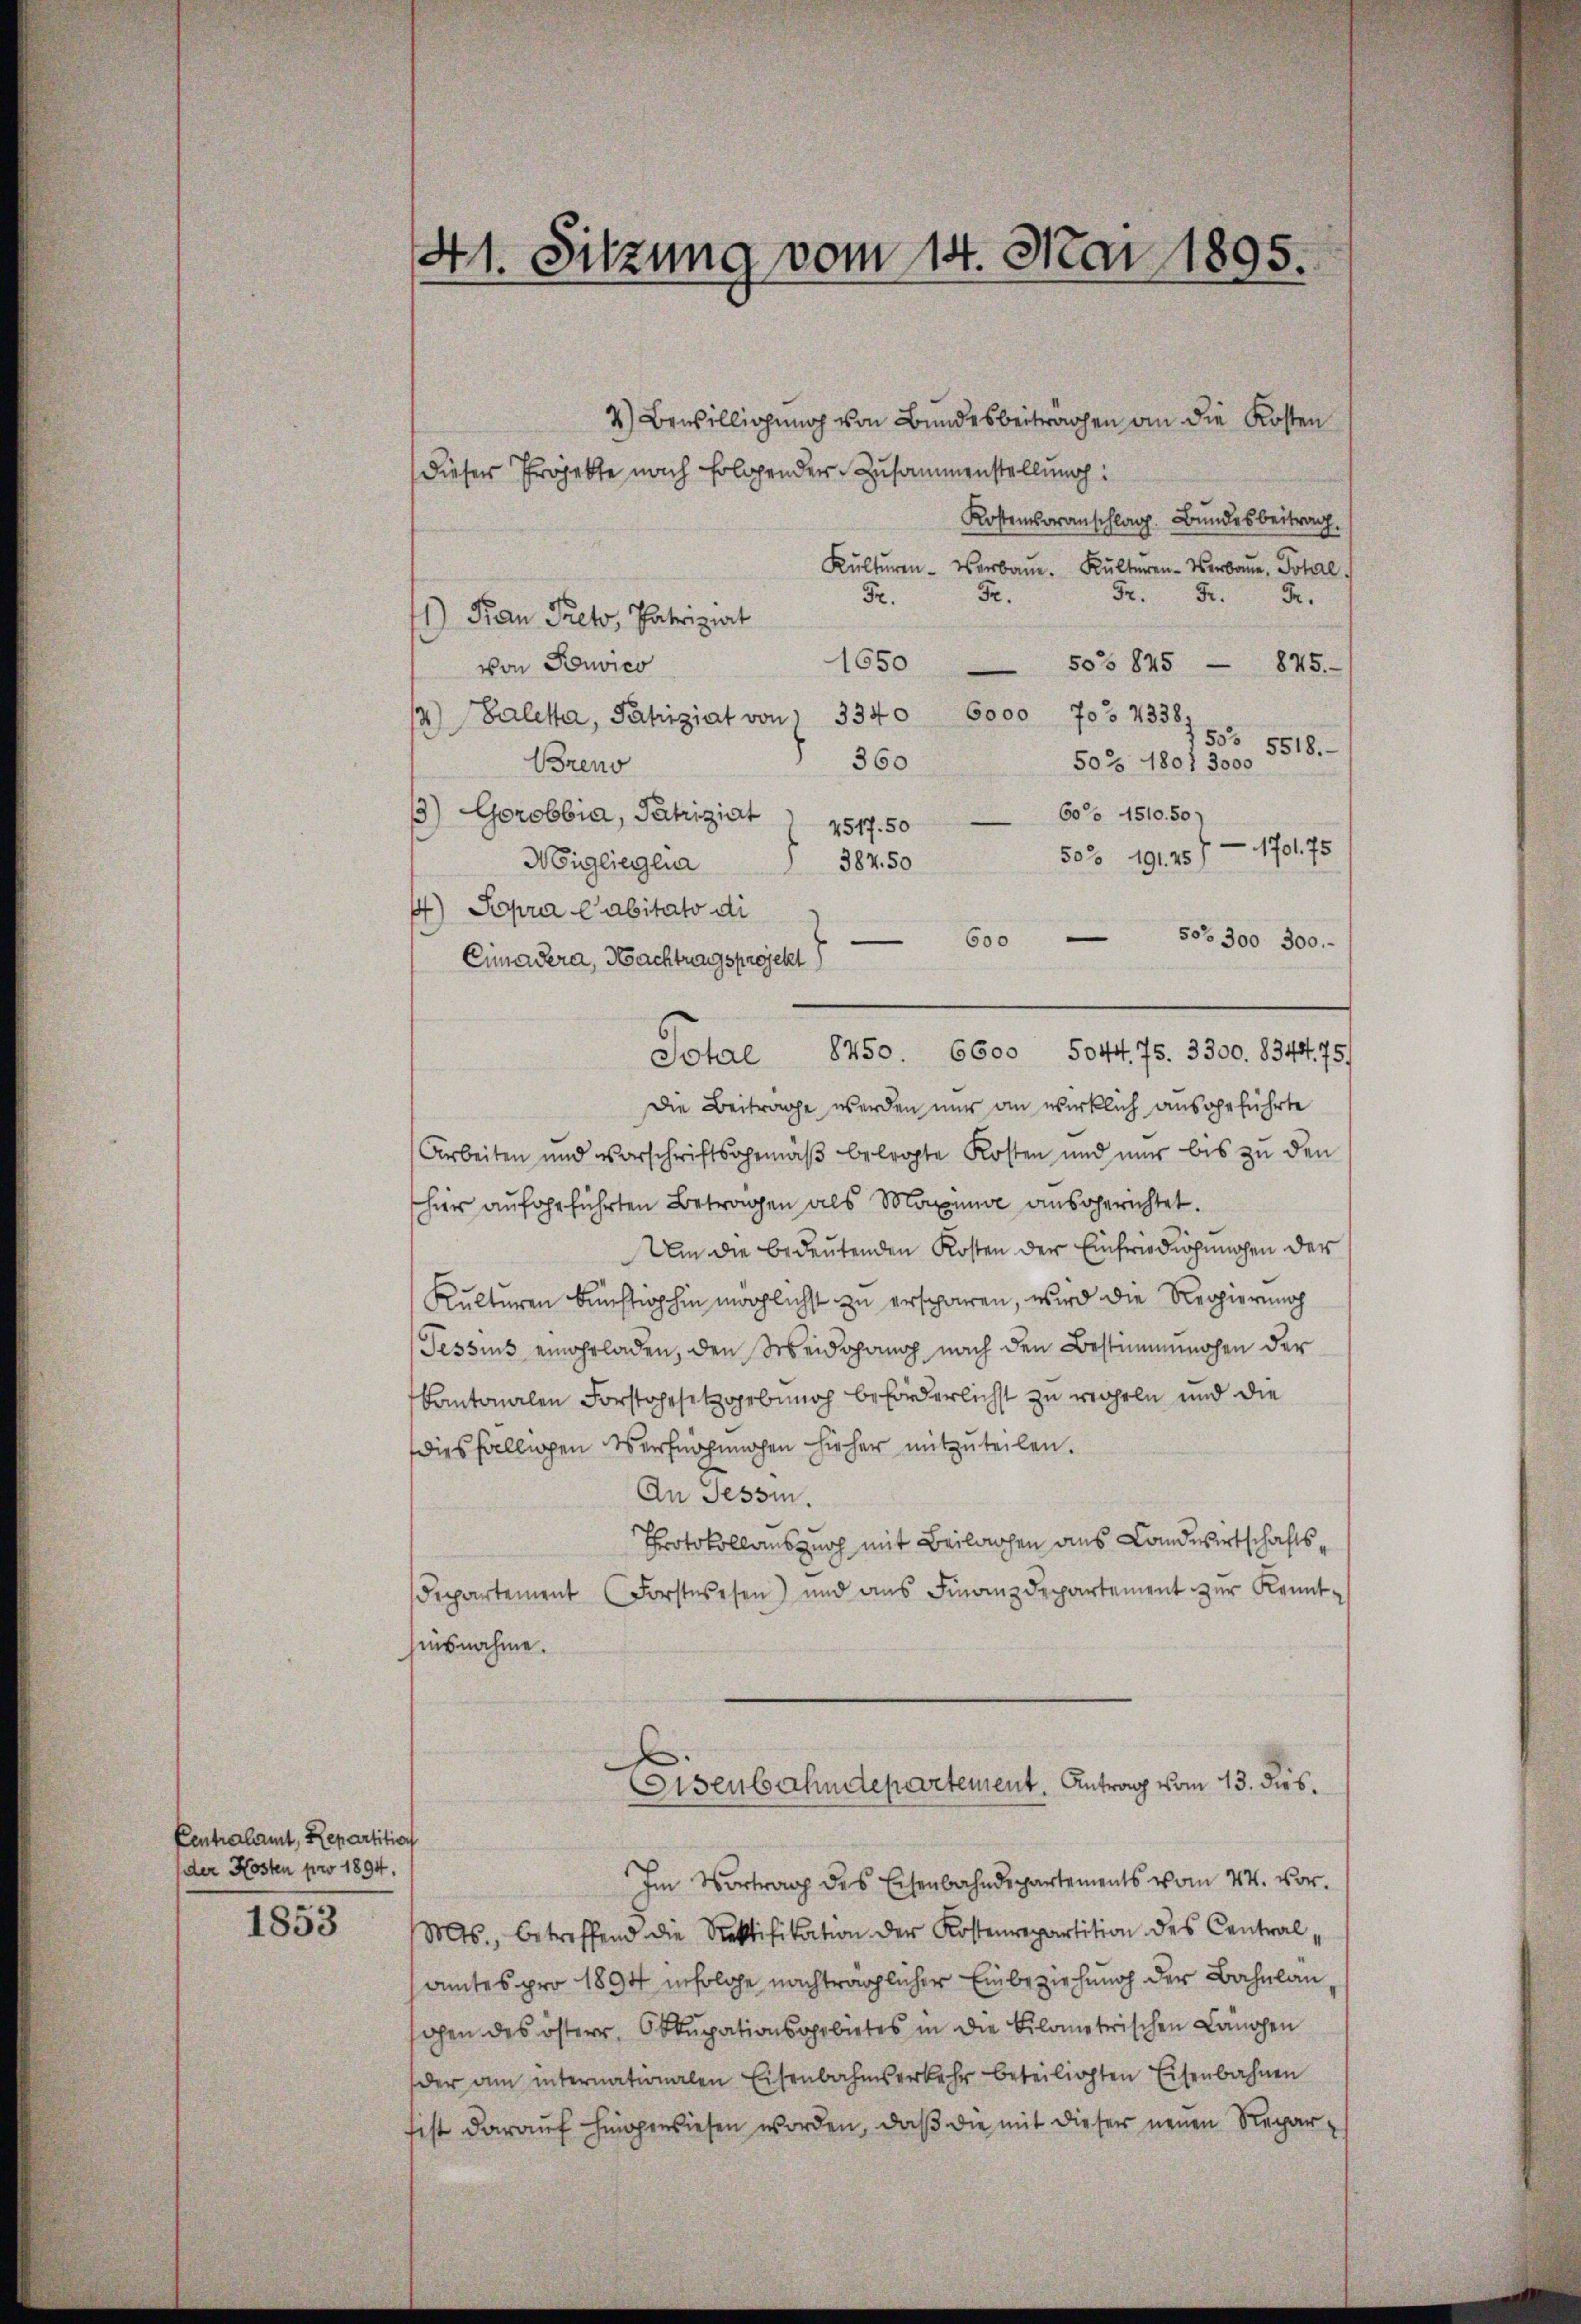
Centralamt, Repartition
der Kosten pro 1894.

1853

41. Sitzung vom 14. Mai 1895.

2) Bewilligung von Bundesbeiträgen an die Kosten
dieser Projekte nach folgender Zusammenstellung:
Kostensoranschlag. Bundesbeitrag.
Kulturen- Verbaue. Kälteren-Verbaue, Total
Fr. 5. Fr.
Fr.
52.
1) Kan Preto, Patriziat
1650
50° 845 —
845.
von Konvico
3340 6000 J0° 4338)
Baleta, Pahiziat von s
.
50° 5518.
360
50 Z 1801 3000
Breno
60 4510. 50
3) Gorobbia, Pahiziat 4517. 50
1701. 75
50. 191. 45)
Migliegena
387. 50
1) Popra Cabitato di
 503 300 300.-
e
600
Cimadera, Nachtragsprojekt)
Die Beitrage werden nur an wirklich ausgeführte
Arbeiten und vorschriftsgemäβ belegte Kosten und nur bis zu den
schier aufgeführten Betragen als Maxime ausgerichtet.
Um die bedeutenden Kosten der Einfriedigungen der
Kulturen künftighin möchlichst zu ersparen, wird die Regierung
Tessins eingeladen, den Scheidopanoch nach den Bestimmungen der
kantonalen Forstgesetzgebung beförderlichst zu wahren und die
diesfälligen Verfügungen hieher mitzuteilen.
An Tessin.
Protokollanszuoch mit Beilachen aus Landwirtschaftsdepartement (Forstwesen) und ans Finanzdepartement zŭr Kennt-
hiusnahme.
Eisenbahndepartement. Antrag vom 13. dies.
Im Vortrag des Eisenbahndepartements vom 24. vor.
Mts., betreffend die Rektifikation der Kostenrepartition des Central,
amtes pro 1894 in solche nachträglicher Einbeziehung der Bahnlänohen des österer Okkupationsgebietes in die Kilometrischen Längen
der am internationalen Eisenbahnserkehr beteiligten Eisenbahnen
tist darauf hingewiesen worden, daß die mit dieser neuen Repar¬

8450. 6600 So44. 75. 3300. 8344. 75)
Total